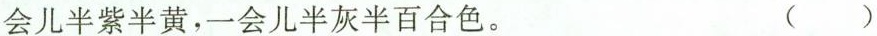
会儿半紫半黄，一会儿半灰半百合色。 ( )